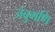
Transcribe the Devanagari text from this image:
जंबुमणि